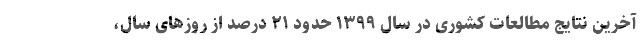
آخرین نتایج مطالعات کشوری در سال ۱۳۹۹ حدود ۲۱ درصد از روزهای سال،